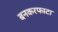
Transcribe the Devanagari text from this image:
बनकरफाटा